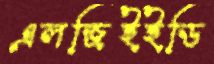
এলজিইইডি